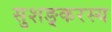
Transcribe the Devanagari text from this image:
सुशङ्करस्य